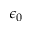
\epsilon _ { 0 }